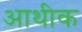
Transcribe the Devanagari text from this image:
आथीक